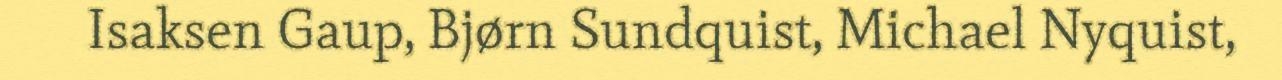
Isaksen Gaup, Bjørn Sundquist, Michael Nyquist,